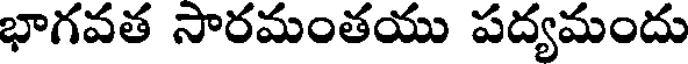
భాగవత సారమంతయు పద్యమందు